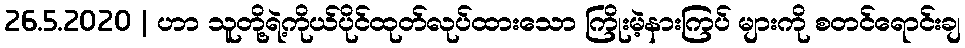
26.5.2020 | ဟာ သူတို့ရဲ့ကိုယ်ပိုင်ထုတ်လုပ်ထားသော ကြိုးမဲ့နားကြပ် များကို စတင်ရောင်းချ